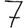
Digit: 7